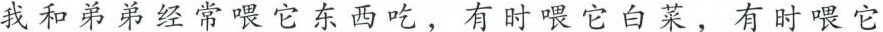
我和弟弟经常喂它东西吃，有时喂它白菜，有时喂它